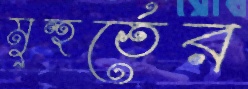
মুহুর্তের